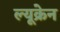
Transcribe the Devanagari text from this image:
ल्यूक्रेन